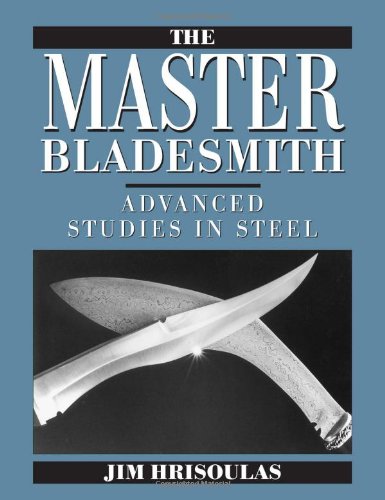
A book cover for Master Bladesmith: Advanced Studies in Steel; Jim Hrisoulas; Crafts, Hobbies & Home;